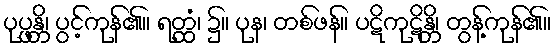
ပုပ္ဖန္တိ၊ ပွင့်ကုန်၏။ ရတ္ထံ၊ ၌။ ပုန၊ တစ်ဖန်။ ပဋိကုဋိန္တိ၊ တွန့်ကုန်၏။